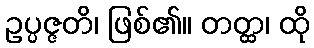
ဥပ္ပဇ္ဇတိ၊ ဖြစ်၏။ တတ္ထ၊ ထို